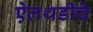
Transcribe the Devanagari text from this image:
ऐलथडीचे